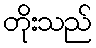
တိုးသည်